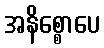
အနိစ္စောပေ